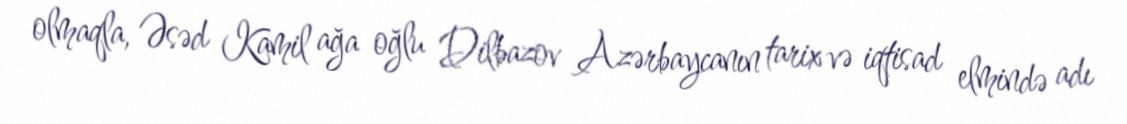
olmaqla, Əsəd Kamil ağa oğlu Dilbazov Azərbaycanın tarix və iqtisad elmində adı